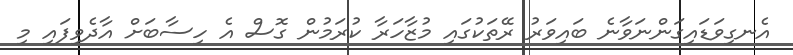
އެނގިވަޑައިގަންނަވާނެ ބައިވަރު ރޭތަކުގައި މުޒާހަރާ ކުރަމުން ގޮސް އެ ހިސާބަށް އާދެވިފައި މި